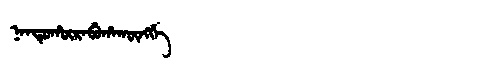
Manchu: ᠨᠠᠨᡨᡠᡥᡡᡵᠠᠪᡠᡥᠠᡴᡡᠩᡤᡝ
Romanization: NANTUHŪRABUHAKŪNGGE